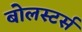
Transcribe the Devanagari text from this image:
बोलस्टर्स